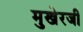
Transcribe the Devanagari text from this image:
मुखेरजी